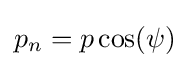
p_{n}=p\cos(\psi )